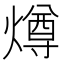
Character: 燇